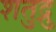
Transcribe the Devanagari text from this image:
शतुद्रु